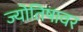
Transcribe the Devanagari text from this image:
ज्योतिषावर